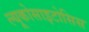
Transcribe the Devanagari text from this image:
ल्यूकोसाइटोसिस